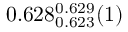
0 . 6 2 8 _ { 0 . 6 2 3 } ^ { 0 . 6 2 9 } ( 1 )